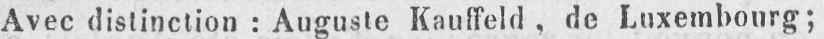
Avec distinction: Auguste Kauffeld, de Luxembourg;